Civil Veterinary Department. Madras. Admin. report 1926-33 - 1926-1933
Year: 1926
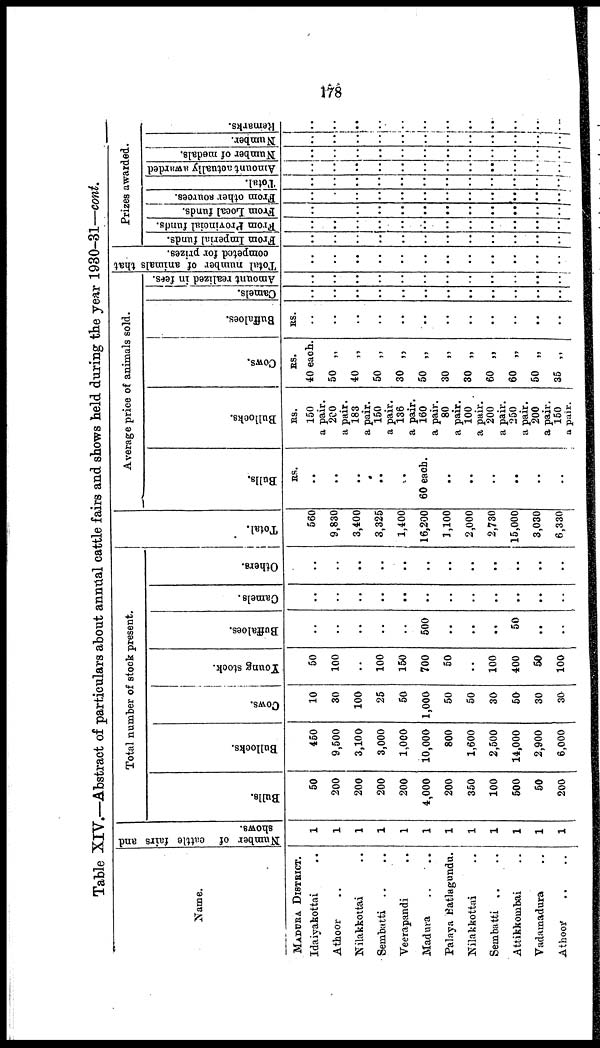
178
Table XIV.—Abstract of particulars about annual cattle fairs and shows held during the year 1930-31—cont.
Name.
MADURA DISTRICT.
Idaiyakottai ..
Athoor ..
Nilakkottai ..
Sembatti .. ..
Veerapandi ..
Madura .. ..
Palaya Batlagundu.
Nilakkottai ..
Sembatti .. ..
Attikkombai ..
Vadamadura ..
Athoor .. ..
Number of cattle fairs and
shows.
1
1
1
1
1
1
1
1
1
1
1
1
Total number of stock present.
Bulls.
50
200
200
200
200
4,000
200
350
100
500
50
200
Bullocks.
450
9,500
3,100
3,000
1,000
10,000
800
1,600
2,500
14,000
2,900
6,000
Cows.
10
30
100
25
50
1,000
50
50
30
50
30
30
Young stock.
50
100
..
100
150
700
50
..
100
400
50
100
Buffaloes.
..
..
..
..
..
500
..
..
..
50
..
..
Camels.
..
..
..
..
..
..
..
..
..
..
..
..
Others.
..
..
..
..
..
..
..
..
..
..
..
..
Tot al .
560
9,830
3,400
3,325
1,400
16,200
1,100
2,000
2,730
15,000
3,030
6,330
Average price of animals sold.
Bulls.
RS..
..
..
..
.
..
..
60 each.
..
..
..
..
..
..
Bullocks.
RS.
150
a pair.
200
a pair.
183
a pair.
150
a pair.
136
a pair.
160
a pair.
80
a pair.
100
a pair.
200
a pair.
250
a pair.
200
a pair.
150
a pair.
Cows.
RS.
40 each.
50 „
40 „
50 „
30 „
50 „
30 „
30 „
60 „
60 „
50 „
35 „
Buffaloes.
RS.
..
..
..
..
..
..
..
..
..
..
..
..
Camels.
..
..
..
..
..
..
..
..
..
..
..
..
Amount realized in fees.
..
..
..
..
..
..
..
..
..
..
..
..
Total number of animals that
competed for prizes.
..
..
..
..
..
..
..
..
..
..
..
..
Prizes awarded.
From Imperial funds.
..
..
..
..
..
..
..
..
..
..
..
..
From Provincial funds.
..
..
..
..
..
..
..
..
..
..
..
..
From Local funds.
..
..
..
..
..
..
..
..
..
..
..
..
From other sources.
..
..
..
..
..
..
..
..
..
..
..
..
Total.
..
..
..
..
..
..
..
..
..
..
..
..
Amount actually awarded
..
..
..
..
..
..
..
..
..
..
..
..
Number of medals.
..
..
..
..
..
..
..
..
..
..
..
..
Number.
..
..
..
..
..
..
..
..
..
..
..
..
Remarks.
..
..
..
..
..
..
..
..
..
..
..
..